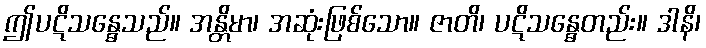
ဤပဋိသန္ဓေသည်။ အန္တိမာ၊ အဆုံးဖြစ်သော။ ဇာတိ၊ ပဋိသန္ဓေတည်း။ ဒါနိ၊